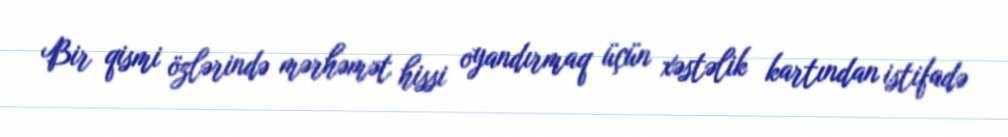
Bir qismi özlərində mərhəmət hissi oyandırmaq üçün xəstəlik kartından istifadə